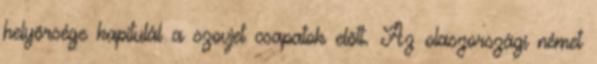
helyõrsége kapitulál a szovjet csapatok elõtt. Az olaszországi német